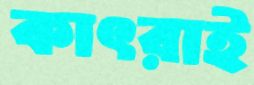
কাৎরাই